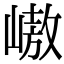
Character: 㠂